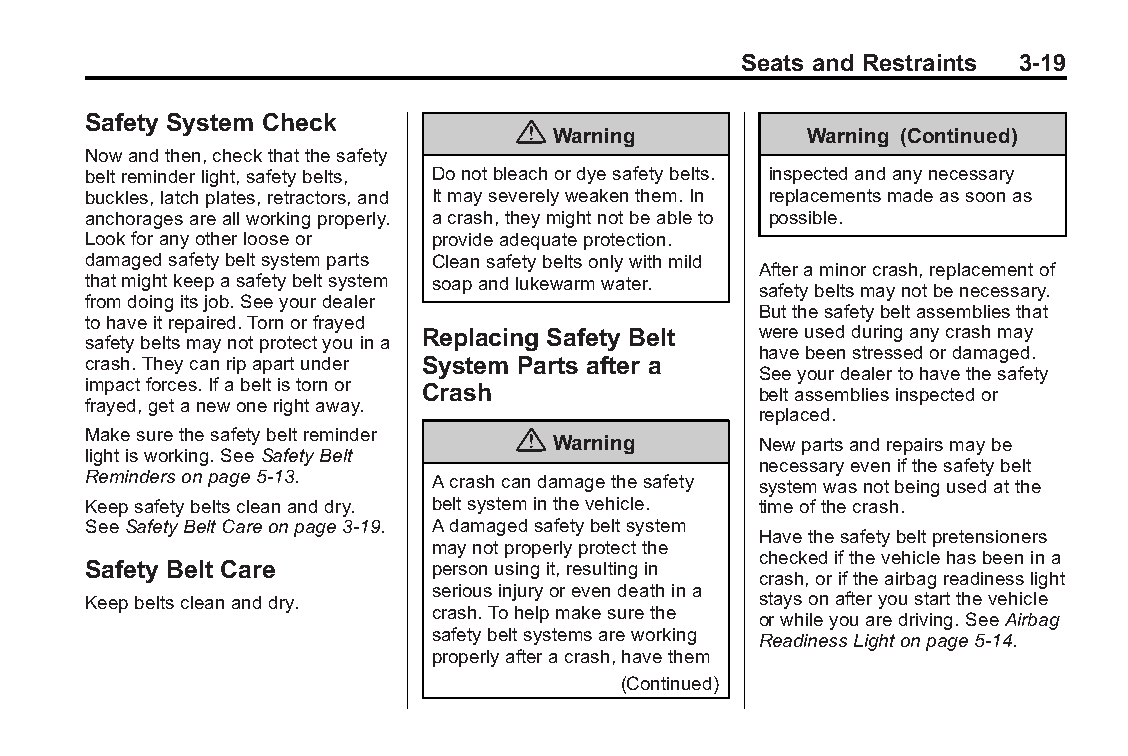
Buick LaCrosse Owner Manual (GMNA-Localizing-U.S./Canada/Mexico- Blackplate(19,1)
 6043609)-2014-2ndEdition-10/17/13
 Seats and Restraints 3-19
 Safety System Check
 {
 Warning          Warning (Continued)
 Nowandthen,checkthatthesafety
 beltreminderlight,safetybelts, Donotbleachordyesafetybelts. inspectedandanynecessary
 buckles,latchplates,retractors,and Itmayseverelyweakenthem.In replacementsmadeassoonas
 anchoragesareallworkingproperly. acrash,theymightnotbeableto possible.
 Lookforanyotherlooseor provideadequateprotection.
 damagedsafetybeltsystemparts Cleansafetybeltsonlywithmild
 Afteraminorcrash,replacementof
 thatmightkeepasafetybeltsystem soapandlukewarmwater.
 safetybeltsmaynotbenecessary.
 fromdoingitsjob.Seeyourdealer
 Butthesafetybeltassembliesthat
 tohaveitrepaired.Tornorfrayed
 Replacing Safety Belt wereusedduringanycrashmay
 safetybeltsmaynotprotectyouina
 havebeenstressedordamaged.
 crash.Theycanripapartunder System Parts after a
 Seeyourdealertohavethesafety
 impactforces.Ifabeltistornor Crash           beltassembliesinspectedor
 frayed,getanewonerightaway.
 replaced.
 Makesurethesafetybeltreminder {
 Warning       Newpartsandrepairsmaybe
 lightisworking.SeeSafetyBelt
 necessaryevenifthesafetybelt
 Remindersonpage5-13.   Acrashcandamagethesafety systemwasnotbeingusedatthe
 Keepsafetybeltscleananddry. beltsysteminthevehicle. timeofthecrash.
 SeeSafetyBeltCareonpage3-19. Adamagedsafetybeltsystem
 Havethesafetybeltpretensioners
 maynotproperlyprotectthe
 checkedifthevehiclehasbeenina
 Safety Belt Care       personusingit,resultingin
 crash,oriftheairbagreadinesslight
 seriousinjuryorevendeathina
 Keepbeltscleananddry.                        staysonafteryoustartthevehicle
 crash.Tohelpmakesurethe
 orwhileyouaredriving.SeeAirbag
 safetybeltsystemsareworking ReadinessLightonpage5-14.
 properlyafteracrash,havethem
 (Continued)